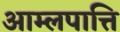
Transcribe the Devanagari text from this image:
आम्लपात्ति